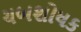
ચબશોધક